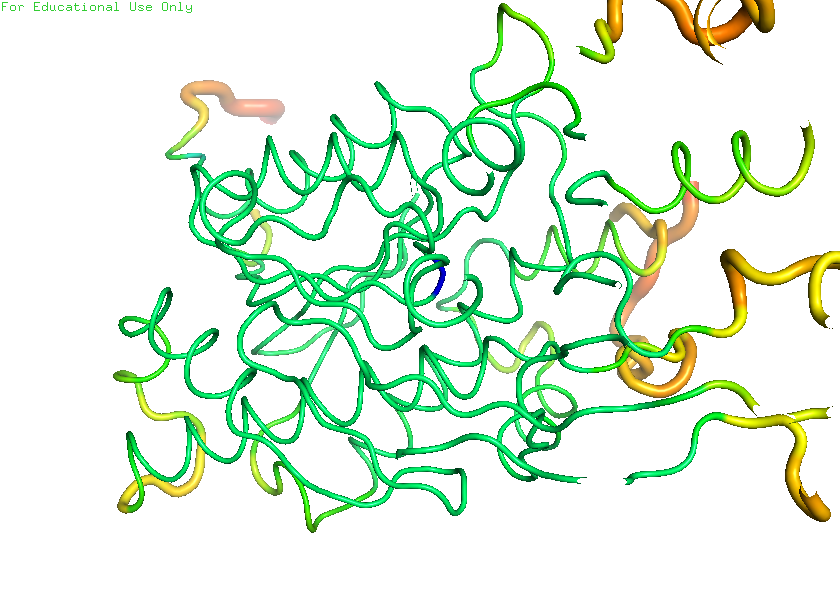
pymol, preset, b_factor_putty